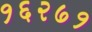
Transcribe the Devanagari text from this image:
१६२७१